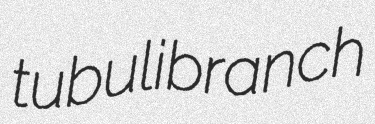
tubulibranch